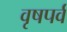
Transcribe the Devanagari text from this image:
वृषपर्व